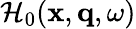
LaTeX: \mathcal{H}_{0}(\mathbf{x},\mathbf{q},\omega)